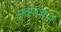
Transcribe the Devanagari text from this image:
अल्पांशाने